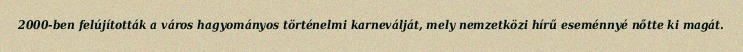
2000-ben felújították a város hagyományos történelmi karneválját, mely nemzetközi hírű eseménnyé nőtte ki magát.